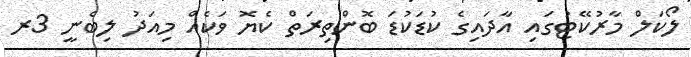
ލޯކަލް މާރުކޭޓުގައި އާދައިގެ ކުޑަކުޑަ ބޮންތިރަތް ކެޔޮ ވަކެއް މިއަދު ލިބެނީ 3ރ